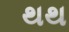
થથ